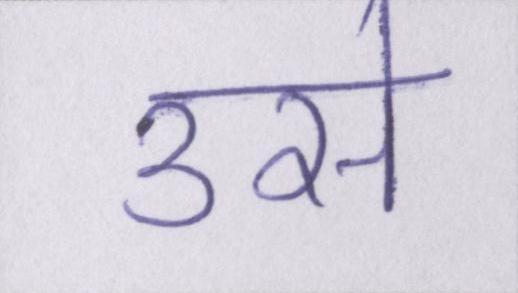
उसे